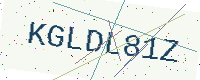
Text: KGLDL81Z